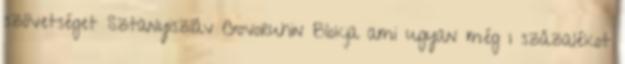
szövetséget Sztanyiszláv Govoruhin Blokja ami ugyan még 1 százalékot